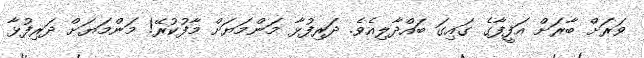
ވަރަށް ބާރަށް އަފީފާގެ ގައިގަ ބައްދާލިއެވެ. ދަރިފުޅާ މަންމަޔަށް މާފުކުރޭ! މަންމަޔަށް ދަރިފުޅާ